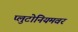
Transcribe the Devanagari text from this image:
प्लुटोनियमवर